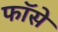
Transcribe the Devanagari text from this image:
फॉसे